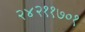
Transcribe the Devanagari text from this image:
२४२११७०१